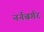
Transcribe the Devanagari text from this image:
नर्नबर्गर